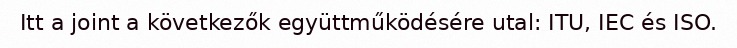
Itt a joint a következők együttműködésére utal: ITU, IEC és ISO.